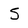
Character: 5